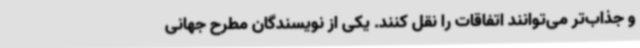
و جذاب‌تر می‌توانند اتفاقات را نقل کنند. یکی از نویسندگان مطرح جهانی